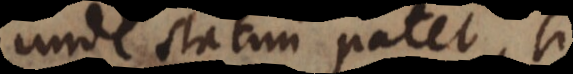
Unde statim patet, si